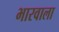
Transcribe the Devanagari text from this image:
भारवाला